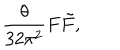
\frac { \theta } { 3 2 \pi ^ { 2 } } F \tilde { F } ,